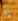
إذا